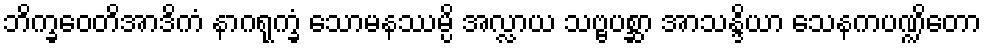
ဘိက္ခဝေတိအာဒိကံ နာဂရုက္ခံ သောမနဿမ္ပိ အလ္လာယ သဗ္ဗပစ္ဆာ အာသန္ဒိယာ သေနကပဏ္ဍိတော